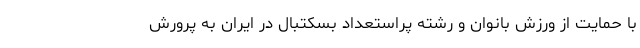
با حمایت از ورزش بانوان و رشته پراستعداد بسکتبال در ایران به پرورش